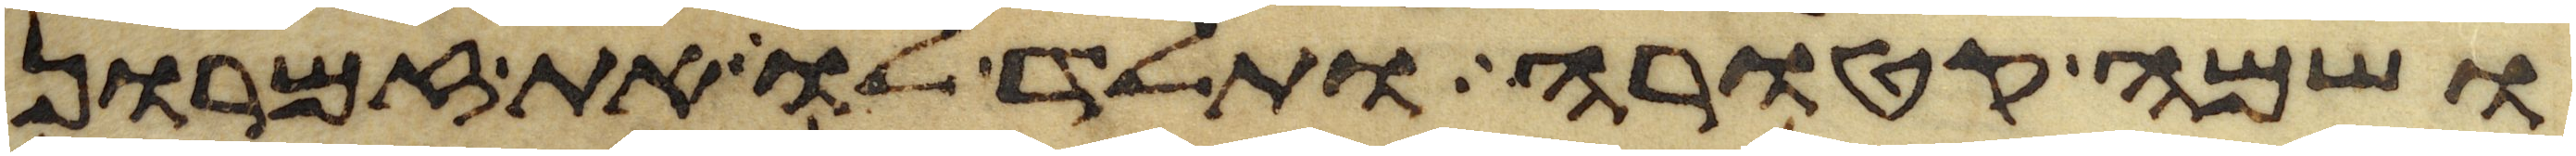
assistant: ושמה קטורה ותלד לו את זמרון